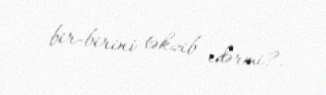
bir-birini təkzib edərmi?.